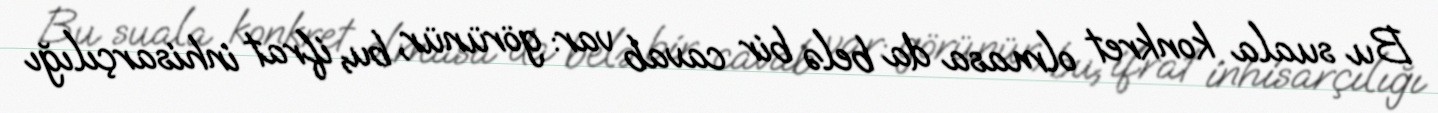
Bu suala konkret olmasa da belə bir cavab var: görünür, bu, ifrat inhisarçılığı